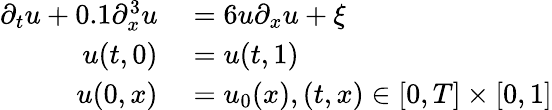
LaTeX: \begin{array}{rl}{\partial_{t}u+0.1\partial_{x}^{3}u}&{{}=6u\partial_{x}u+\xi}\\ {u(t,0)}&{{}=u(t,1)}\\ {u(0,x)}&{{}=u_{0}(x),(t,x)\in[0,T]\times[0,1]}\end{array}